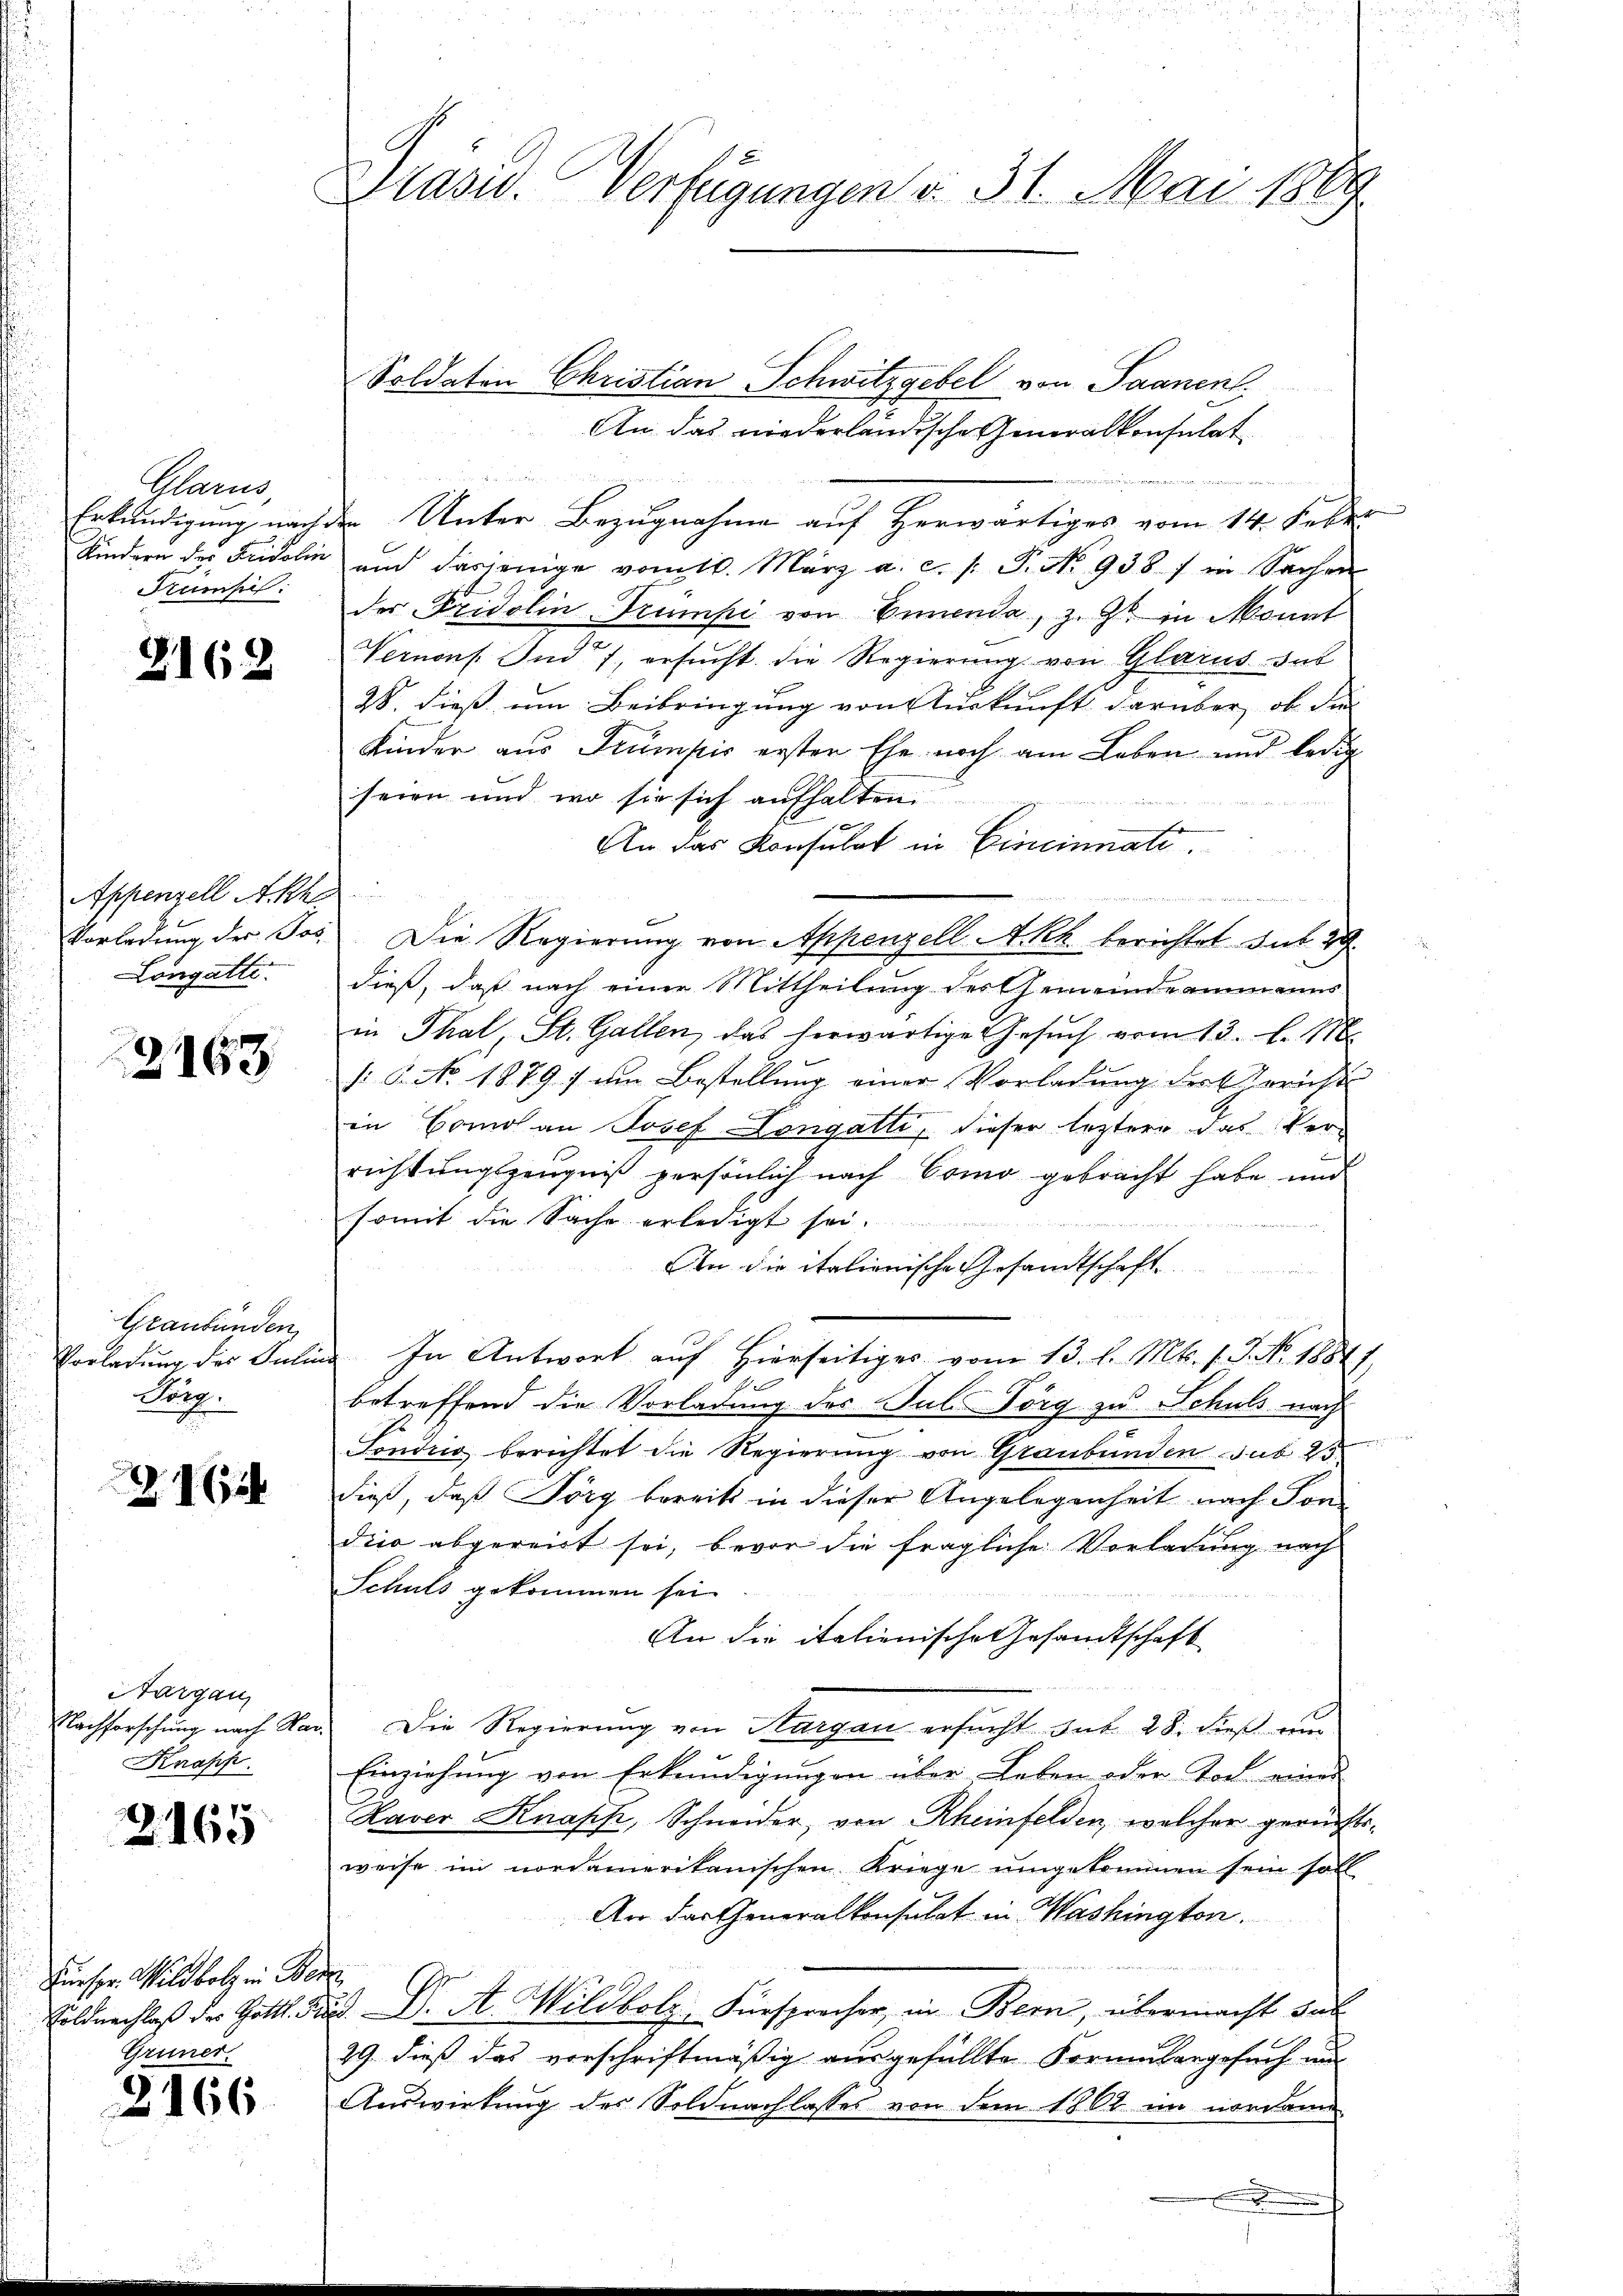
Glarn
Erkundigung nach
Kindern der Fridolin
Trumpel.

2162

Appenzell Akh
Vorladung der Jos
Longatte.

2163

Graubünden,
Vorladung des Julin
Burg.

16

Aargau
Nachforschung nach Mar
Knapp

2165

Fürspr. Wildbolz in Ber
Söldnachlaß der Gottl. In
Grüner

2166

Brasid. Verfügungen d. 31. Mai 1869

Soldaten Christian Schwitzgebel von Saanenl
An das niederländische Generalkonsulat
 Unter Bezugnahme auf Herwärtiges vom 14. Feber
und dasjenige vom 10. März a. c. s. S. No 938 / in Sachen
der Fridolin-Trumpi von Einenda, z. Z. in Monat
Vernons. Und 7, ersucht die Regierung von Glarus das
28. dieß um Beibringung von Auskunft darüber, ob dies
Kinder aus Stumpis erster Ehe noch am Leben und ledig
seien und wo sie sich aufhalten.
An das Konsulat in Cincinnati
d
Die Regierung von Appenzell A.Rh. berichtet sub 29
dieß, daß nach einer Mittheilung des Gemeindeammanns
in Thal, St. Gallen, das herwärtige Gesuch vom 13. l. 118.
: P. No 18797 um Bestellung einer Vorladung der Gericht
in Como an Josef Longatti, dieser leztere das Ver-
richtungszeugniß persönlich nach Como gebracht habe und
somit die Sache erledigt sei.

An die italienische Gesandtschaft
In Antwort auf hierseitiges vom 13. l. Mts. f. J. No. 18841.
betreffend die Vorladung der Jul. Förg zu Schuls nach
Sondig berichtet die Regierung von Graubünden sub 25
dieß, daß Jörg bereits in dieser Angelegenheit nach Kon-
dico abgereit sei, bevor die fragliche Vorladung nach
Schuls gekommen sei.
An die italienische Gesandtschaft
Die Regierung von Hargau ersucht sub. 28. dieß un
Einziehung von Erkundigungen über Leben oder Tod eines
Kaver Knapp, Schneider, von Rheinfelden, welcher gerichtsweise im nordamerikanischen Kriege umgekommen sein soll
An das Generalkonsulat in Washington.
29. Dr. A. Wildbolz, Fürsprocher, in Bern, übermacht sub
29. dieß das vorschriftmäßig ausgefüllte Formulargesuch un
Auswirkung des Soldnachlasses von dem 1862 im nordame
.